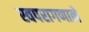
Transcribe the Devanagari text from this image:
स्वपरागणाने